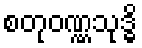
စတုဝဏ္ဏသုဒ္ဓိ